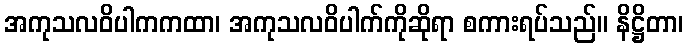
အကုသလဝိပါကကထာ၊ အကုသလဝိပါက်ကိုဆိုရာ စကားရပ်သည်။ နိဋ္ဌိတာ၊